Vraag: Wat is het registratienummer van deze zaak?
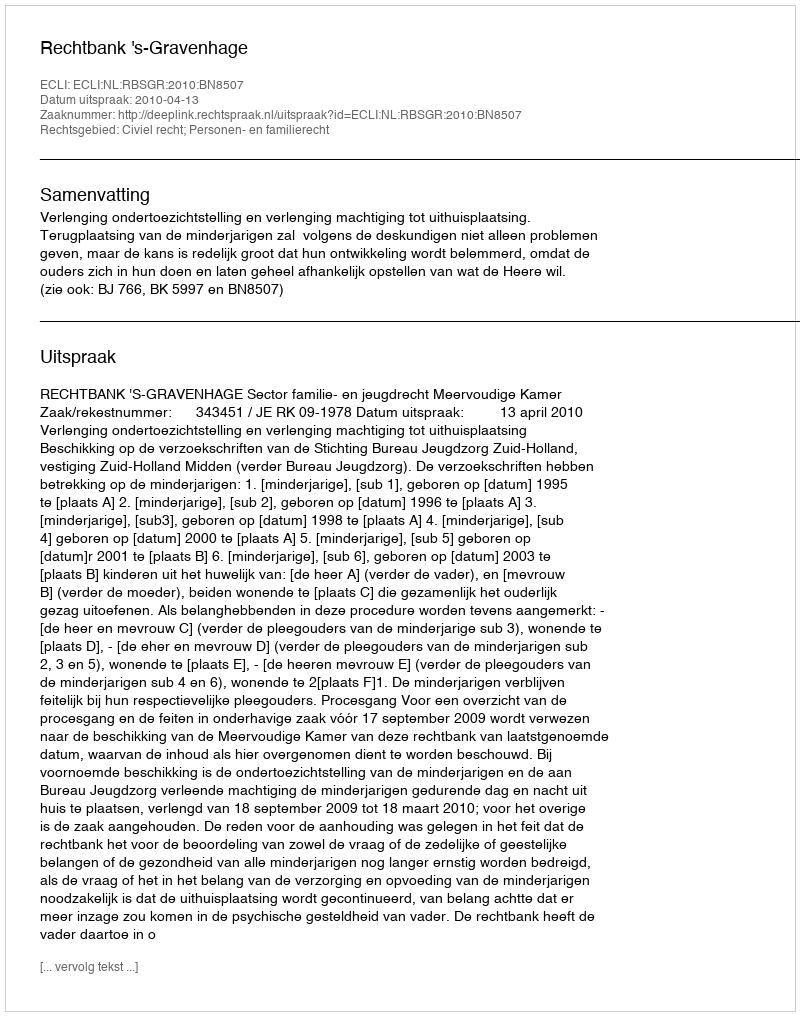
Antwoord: http://deeplink.rechtspraak.nl/uitspraak?id=ECLI:NL:RBSGR:2010:BN8507